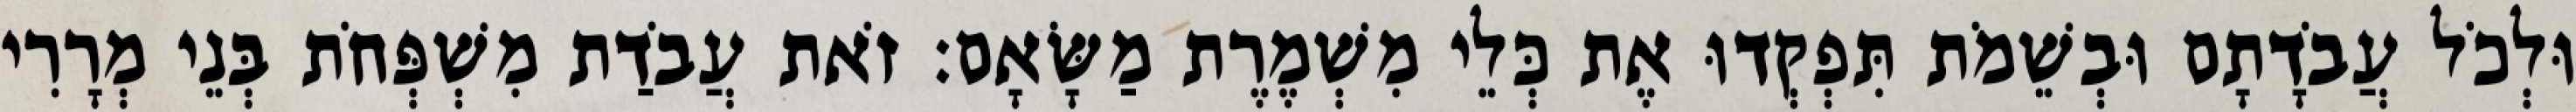
וּלְכֹל עֲבֹדָתָם וּבְשֵׁמֹת תִּפְקְדוּ אֶת כְּלֵי מִשְׁמֶרֶת מַשָּׂאָם׃ זֹאת עֲבֹדַת מִשְׁפְּחֹת בְּנֵי מְרָרִי